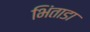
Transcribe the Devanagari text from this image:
भिंताडा